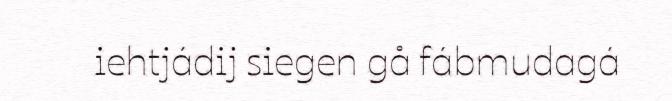
iehtjádij siegen gå fábmudagá